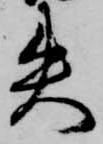
失